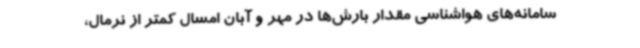
سامانه‌های هواشناسی مقدار بارش‌ها در مهر و آبان امسال کمتر از نرمال،